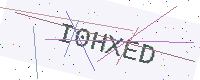
Text: I0HXED